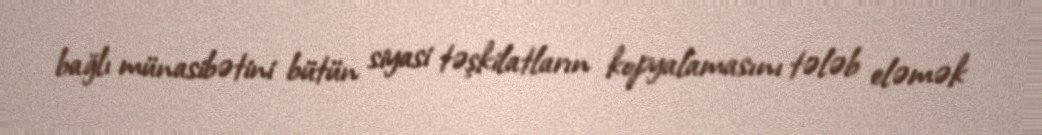
bağlı münasibətini bütün siyasi təşkilatların kopyalamasını tələb eləmək